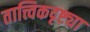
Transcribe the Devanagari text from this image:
तात्त्विकदृष्ट्या